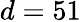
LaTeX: d=51